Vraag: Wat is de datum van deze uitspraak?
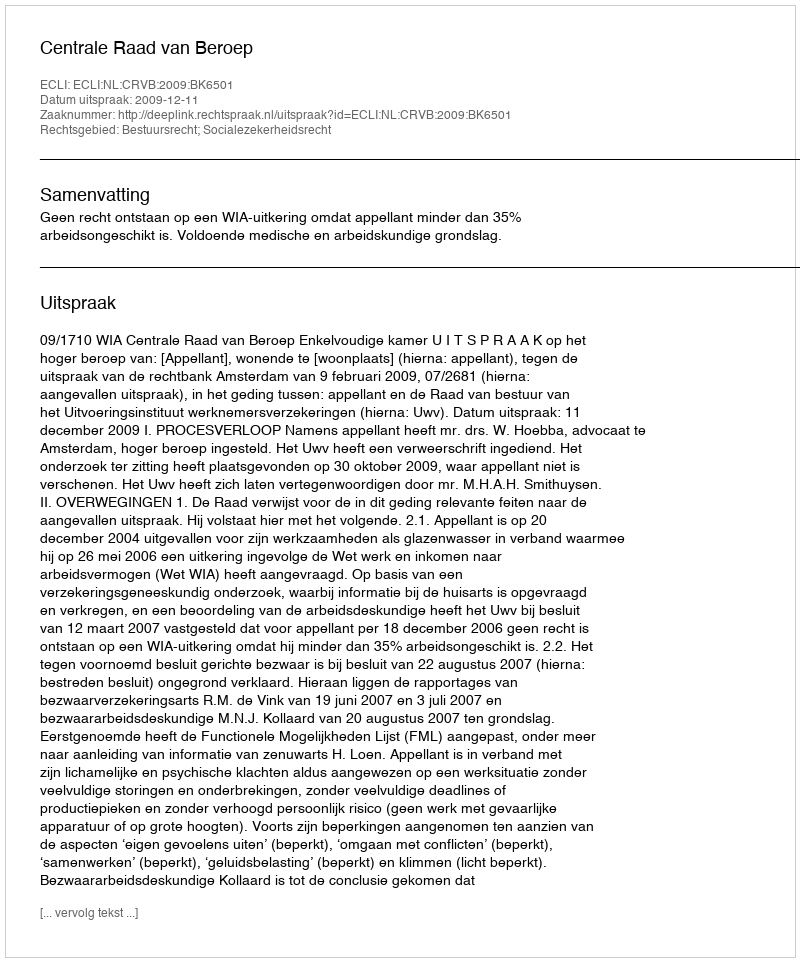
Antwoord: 2009-12-11